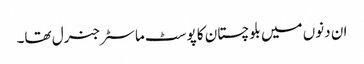
ان دنوں میں بلوچستان کا پوسٹ ماسٹر جنرل تھا۔